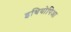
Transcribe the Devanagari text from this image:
इथियोपिआ